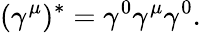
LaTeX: (\gamma^{\mu})^{*}=\gamma^{0}\gamma^{\mu}\gamma^{0}.